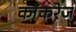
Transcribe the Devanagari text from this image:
काँकरेज